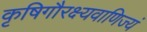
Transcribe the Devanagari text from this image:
कृषिगौरक्ष्यवाणिज्यं